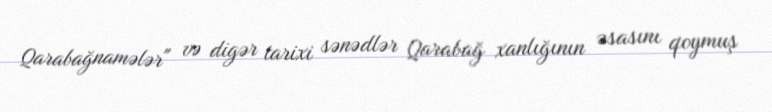
Qarabağnamələr" və digər tarixi sənədlər Qarabağ xanlığının əsasını qoymuş